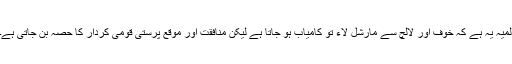
المیہ یہ ہے کہ خوف اور لالچ سے مارشل لاء تو کامیاب ہو جاتا ہے لیکن منافقت اور موقع پرستی قومی کردار کا حصہ بن جاتی ہے۔